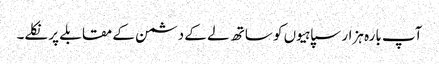
آپ بارہ ہزار سپاہیوں کو ساتھ لے کے دشمن کے مقابلے پر نکلے۔